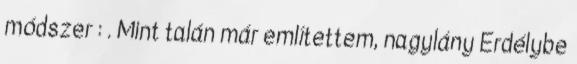
módszer : . Mint talán már említettem, nagylány Erdélybe